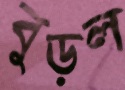
বুড়ল